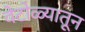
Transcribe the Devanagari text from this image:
वेटोळ्यातून